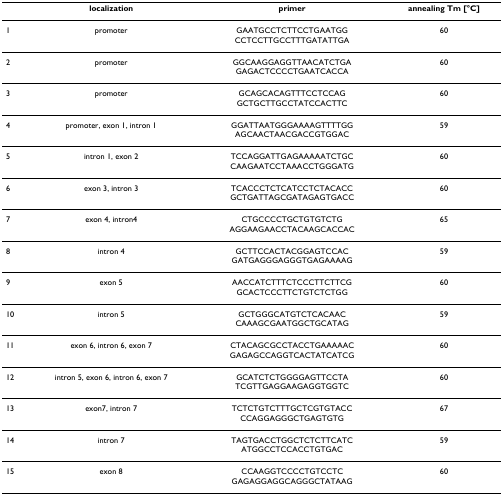
<table><thead><tr><td></td><td><b>localization</b></td><td><b>primer</b></td><td><b>annealing Tm [°C]</b></td></tr></thead><tbody><tr><td>1</td><td>promoter</td><td>GAATGCCTCTTCCTGAATGGCCTCCTTGCCTTTGATATTGA</td><td>60</td></tr><tr><td>2</td><td>promoter</td><td>GGCAAGGAGGTTAACATCTGAGAGACTCCCCTGAATCACCA</td><td>60</td></tr><tr><td>3</td><td>promoter</td><td>GCAGCACAGTTTCCTCCAGGCTGCTTGCCTATCCACTTC</td><td>60</td></tr><tr><td>4</td><td>promoter, exon 1, intron 1</td><td>GGATTAATGGGAAAAGTTTTGGAGCAACTAACGACCGTGGAC</td><td>59</td></tr><tr><td>5</td><td>intron 1, exon 2</td><td>TCCAGGATTGAGAAAAATCTGCCAAGAATCCTAAACCTGGGATG</td><td>60</td></tr><tr><td>6</td><td>exon 3, intron 3</td><td>TCACCCTCTCATCCTCTACACCGCTGATTAGCGATAGAGTGACC</td><td>60</td></tr><tr><td>7</td><td>exon 4, intron4</td><td>CTGCCCCTGCTGTGTCTGAGGAAGAACCTACAAGCACCAC</td><td>65</td></tr><tr><td>8</td><td>intron 4</td><td>GCTTCCACTACGGAGTCCACGATGAGGGAGGGTGAGAAAAG</td><td>59</td></tr><tr><td>9</td><td>exon 5</td><td>AACCATCTTTCTCCCTTCTTCGGCACTCCCTTCTGTCTCTGG</td><td>60</td></tr><tr><td>10</td><td>intron 5</td><td>GCTGGGCATGTCTCACAACCAAAGCGAATGGCTGCATAG</td><td>59</td></tr><tr><td>11</td><td>exon 6, intron 6, exon 7</td><td>CTACAGCGCCTACCTGAAAAACGAGAGCCAGGTCACTATCATCG</td><td>60</td></tr><tr><td>12</td><td>intron 5, exon 6, intron 6, exon 7</td><td>GCATCTCTGGGGAGTTCCTATCGTTGAGGAAGAGGTGGTC</td><td>60</td></tr><tr><td>13</td><td>exon7, intron 7</td><td>TCTCTGTCTTTGCTCGTGTACCCCAGGAGGGCTGAGTGTG</td><td>67</td></tr><tr><td>14</td><td>intron 7</td><td>TAGTGACCTGGCTCTCTTCATCATGGCCTCCACCTGTGAC</td><td>59</td></tr><tr><td>15</td><td>exon 8</td><td>CCAAGGTCCCCTGTCCTCGAGAGGAGGCAGGGCTATAAG</td><td>60</td></tr></tbody></table>